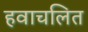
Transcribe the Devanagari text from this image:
हवाचलित